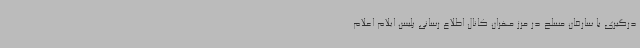
درگیری با سارقان مسلح در مرز مهران کانال اطلاع رسانی پلیس ایلام اعلام